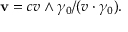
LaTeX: \mathbf { v } = c v \wedge \gamma _ { 0 } / ( v \cdot \gamma _ { 0 } ) .